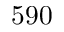
5 9 0